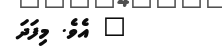
" އެވެ. މިފަދަ